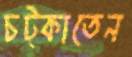
চট্‌কাতেন